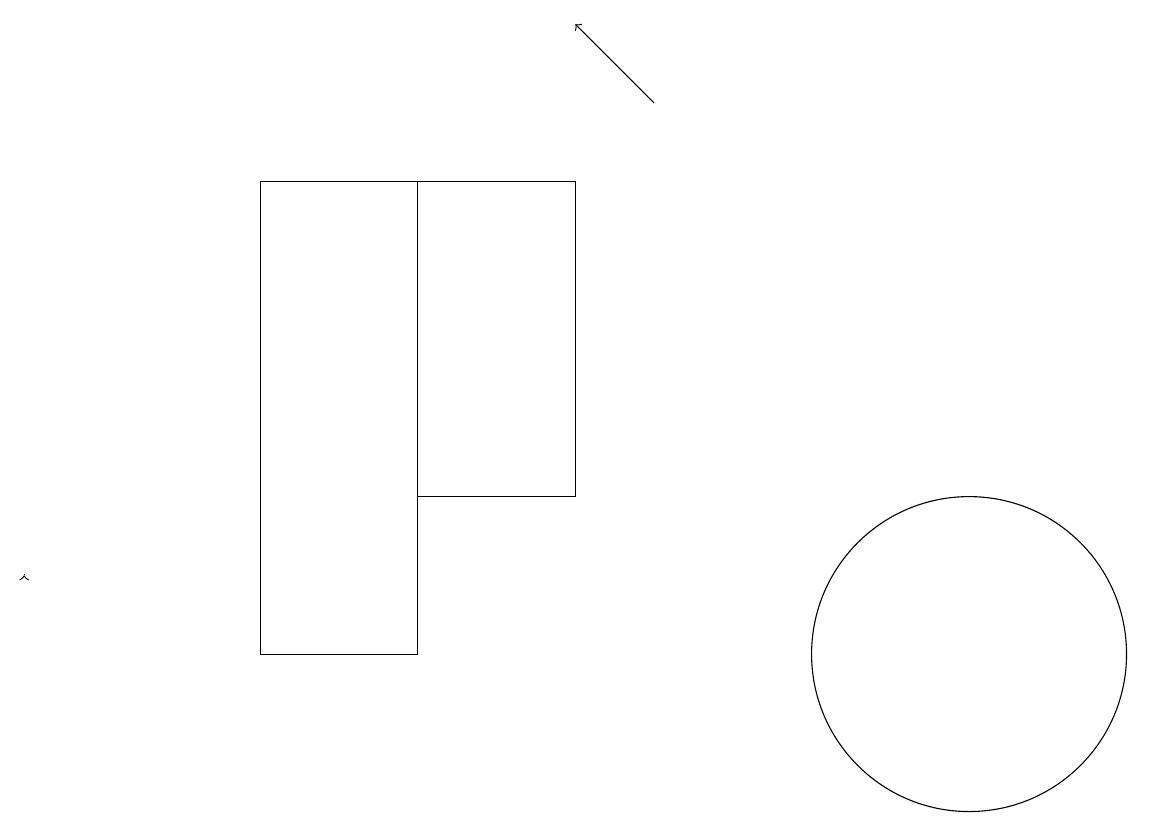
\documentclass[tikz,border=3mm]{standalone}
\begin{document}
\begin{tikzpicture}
\draw (7,12) rectangle (5,16);
\draw (5,10) rectangle (3,16);
\draw[->] (8,17) -- (7,18);
\draw[->] (0,11) -- (0,11);
\draw (12,10) circle (2);
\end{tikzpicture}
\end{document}